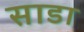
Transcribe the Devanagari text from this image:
साडा